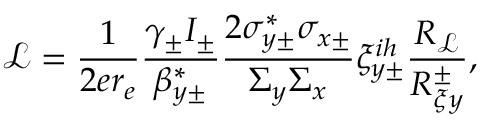
\mathcal { L } = \frac { 1 } { 2 e r _ { e } } \frac { \gamma _ { \pm } I _ { \pm } } { \beta _ { y \pm } ^ { * } } \frac { 2 \sigma _ { y \pm } ^ { * } \sigma _ { x \pm } } { \Sigma _ { y } \Sigma _ { x } } \xi _ { y \pm } ^ { i h } \frac { R _ { \mathcal { L } } } { R _ { \xi y } ^ { \pm } } ,